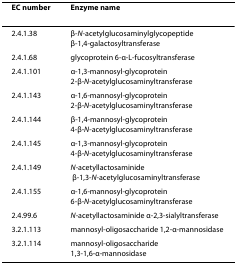
<table><thead><tr><td><b>EC number</b></td><td><b>Enzyme name</b></td></tr></thead><tbody><tr><td>2.4.1.38</td><td>β-<i>N</i>-acetylglucosaminylglycopeptide β-1,4-galactosyltransferase</td></tr><tr><td>2.4.1.68</td><td>glycoprotein 6-α-L-fucosyltransferase</td></tr><tr><td>2.4.1.101</td><td>α-1,3-mannosyl-glycoprotein 2-β-<i>N</i>-acetylglucosaminyltransferase</td></tr><tr><td>2.4.1.143</td><td>α-1,6-mannosyl-glycoprotein 2-β-<i>N</i>-acetylglucosaminyltransferase</td></tr><tr><td>2.4.1.144</td><td>β-1,4-mannosyl-glycoprotein 4-β-<i>N</i>-acetylglucosaminyltransferase</td></tr><tr><td>2.4.1.145</td><td>α-1,3-mannosyl-glycoprotein 4-β-<i>N</i>-acetylglucosaminyltransferase</td></tr><tr><td>2.4.1.149</td><td><i>N</i>-acetyllactosaminide β-1,3-<i>N</i>-acetylglucosaminyltransferase</td></tr><tr><td>2.4.1.155</td><td>α-1,6-mannosyl-glycoprotein 6-β-<i>N</i>-acetylglucosaminyltransferase</td></tr><tr><td>2.4.99.6</td><td><i>N</i>-acetyllactosaminide α-2,3-sialyltransferase</td></tr><tr><td>3.2.1.113</td><td>mannosyl-oligosaccharide 1,2-α-mannosidase</td></tr><tr><td>3.2.1.114</td><td>mannosyl-oligosaccharide 1,3-1,6-α-mannosidase</td></tr></tbody></table>